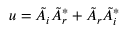
u = \Tilde { A } _ { i } { \Tilde { A } _ { r } } ^ { * } + \Tilde { A } _ { r } { \Tilde { A } _ { i } } ^ { * }